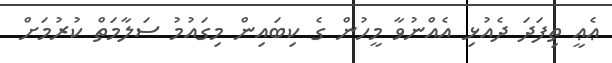
ޢެޢީ ތިފަދަ ދެއުޅި އެއްނުވާ މީހުން ގެ ކިބައިން މިގައުމު ސަލާމަތް ކުރުމަށް